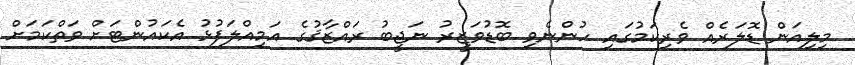
މިލިއަން ޑޮލަރެއް ވެރިކަމުގައި ހުންނެވި ބޮޑުވަޒީރު ނަޖީބު ރައްޒާޤުގެ އަމިއްލަފުޅު އެކައުންޓަށް ވަތްކަމަށް